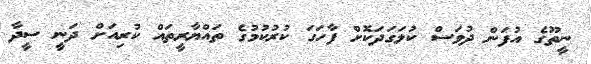
ނީތޫގެ އުފަން ދުވަސް ކުލަގަދަކޮށް ފާހަގަ ކުރުކުމުގެ ތައްޔާރީތައް ކުރިއަށް ދަނީ ސީދާ